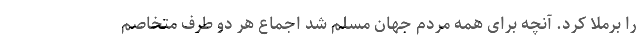
را برملا کرد. آنچه برای همه مردم جهان مسلم شد اجماع هر دو طرف متخاصم